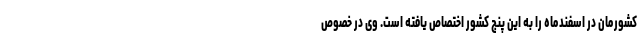
کشورمان در اسفندماه را به این پنج کشور اختصاص یافته است. وی در خصوص